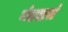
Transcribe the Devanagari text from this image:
नंददासं